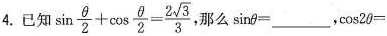
4.已知$$\sin \frac{\theta }{2}+\cos \frac{\theta }{2}=\frac{2 \sqrt{3}}{3}$$,那么$$\sin \theta=___$$,\cos 2 \theta=